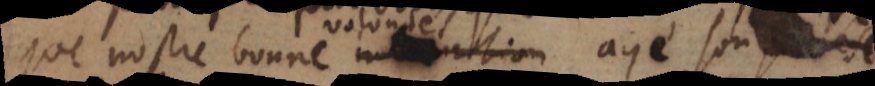
que nostre bonne intention aye son